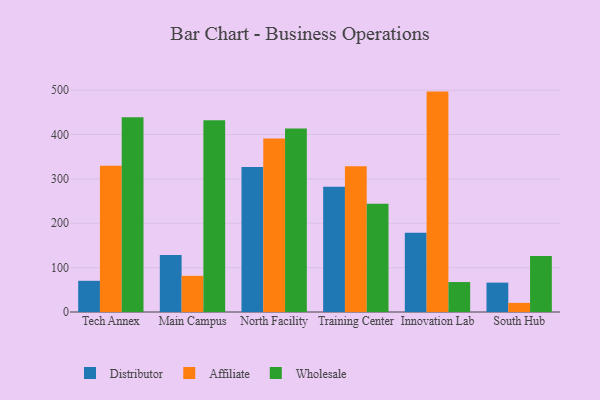
{"axis": {"x": "Campus", "y": "Market Share (%)"}, "legend": ["Affiliate", "Distributor", "Wholesale"], "data": [{"x": "Tech Annex", "y": 70.3, "type": "Distributor"}, {"x": "Tech Annex", "y": 329.5, "type": "Affiliate"}, {"x": "Tech Annex", "y": 438.7, "type": "Wholesale"}, {"x": "Main Campus", "y": 128.4, "type": "Distributor"}, {"x": "Main Campus", "y": 81.5, "type": "Affiliate"}, {"x": "Main Campus", "y": 432.3, "type": "Wholesale"}, {"x": "North Facility", "y": 327.0, "type": "Distributor"}, {"x": "North Facility", "y": 391.1, "type": "Affiliate"}, {"x": "North Facility", "y": 413.6, "type": "Wholesale"}, {"x": "Training Center", "y": 282.4, "type": "Distributor"}, {"x": "Training Center", "y": 328.5, "type": "Affiliate"}, {"x": "Training Center", "y": 244.2, "type": "Wholesale"}, {"x": "Innovation Lab", "y": 178.7, "type": "Distributor"}, {"x": "Innovation Lab", "y": 496.7, "type": "Affiliate"}, {"x": "Innovation Lab", "y": 67.5, "type": "Wholesale"}, {"x": "South Hub", "y": 66.2, "type": "Distributor"}, {"x": "South Hub", "y": 20.6, "type": "Affiliate"}, {"x": "South Hub", "y": 126.1, "type": "Wholesale"}]}